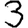
Digit: 3